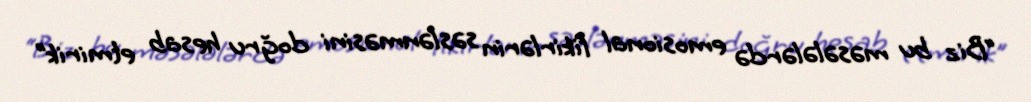
“Biz bu məsələlərdə emosional fikirlərin səslənməsini doğru hesab etmirik”